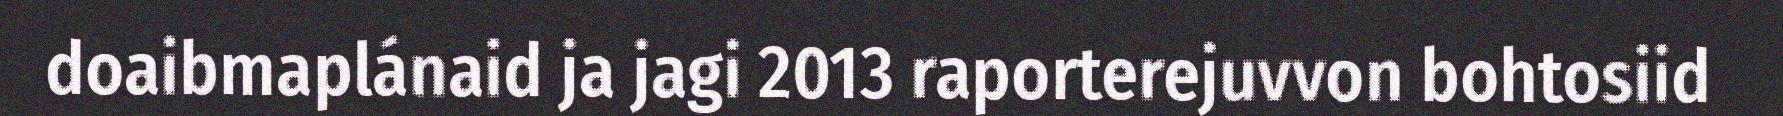
doaibmaplánaid ja jagi 2013 raporterejuvvon bohtosiid